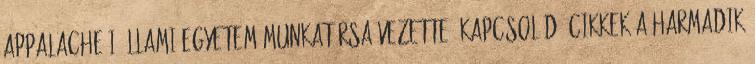
Appalache-i Állami Egyetem munkatársa vezette. Kapcsolódó cikkek A harmadik